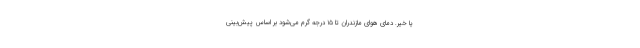
یا خیر. دمای هوای مازندران تا ۱۵ درجه‌ گرم می‌شود بر اساس پیش‌بینی